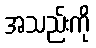
အသည်းကို